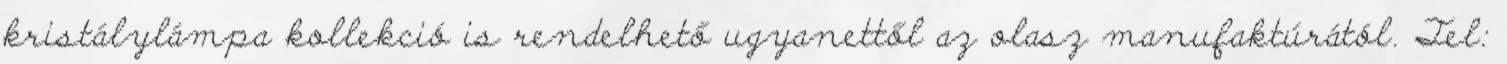
kristálylámpa kollekció is rendelhető ugyanettől az olasz manufaktúrától. Tel: